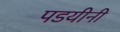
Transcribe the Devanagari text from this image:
पडयीनी